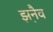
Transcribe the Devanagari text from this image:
झ़नैव